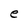
Character: e